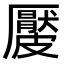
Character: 𥀬